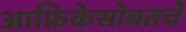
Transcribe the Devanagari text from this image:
आफ्रिकेसोबतचे